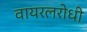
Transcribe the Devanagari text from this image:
वायरलरोधी